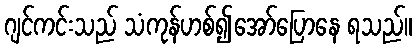
ဂျင်ကင်းသည် သံကုန်ဟစ်၍အော်ပြောနေ ရသည်။